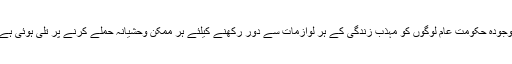
موجودہ حکومت عام لوگوں کو مہذب زندگی کے ہر لوازمات سے دور رکھنے کیلئے ہر ممکن وحشیانہ حملے کرنے پر تلی ہوئی ہے ۔